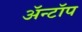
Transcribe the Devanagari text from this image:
ॲन्टॉप